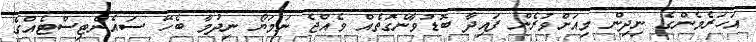
އަހަރެމެންގެ ނިދިން މިއަށްވުރެން ފައިދާ ބޮޑުވާނެގޮތެއް ވެއްޖެ ނަމަޔޯ ނިދުމާ ބެހޭ ސައެންޓިސްޓެއްގެ